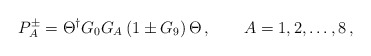
\begin{align*}P_A^\pm = \Theta^\dagger G_0 G_A \left( 1 \pm G_9 \right) \Theta\,, \qquad A=1,2,\dots,8 \,, \end{align*}